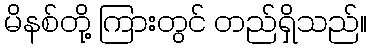
မိနစ်တို့ ကြားတွင် တည်ရှိသည်။